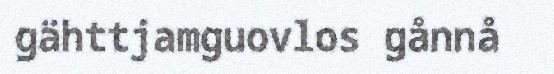
gähttjamguovlos gånnå